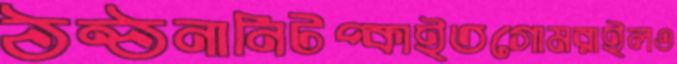
ঠন্‌ঠনানিটপ্‌কাইতগোমরাইলও